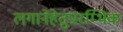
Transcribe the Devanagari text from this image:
लगानेहेतुप्रारम्भिक